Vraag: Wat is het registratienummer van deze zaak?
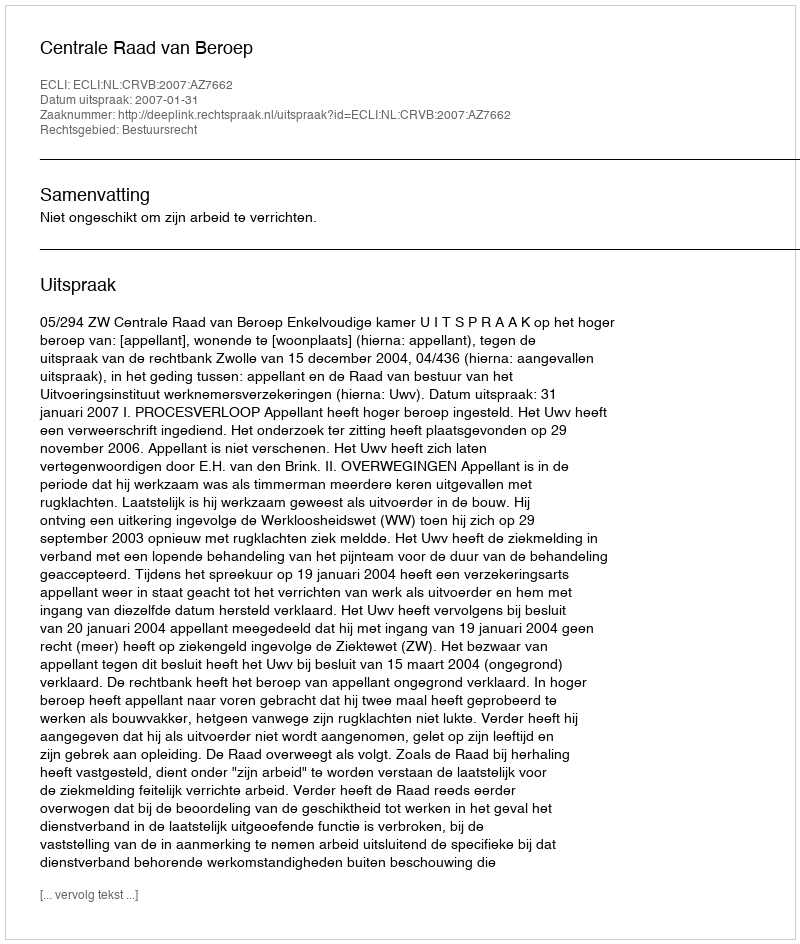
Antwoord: http://deeplink.rechtspraak.nl/uitspraak?id=ECLI:NL:CRVB:2007:AZ7662